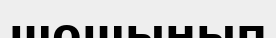
шошынып